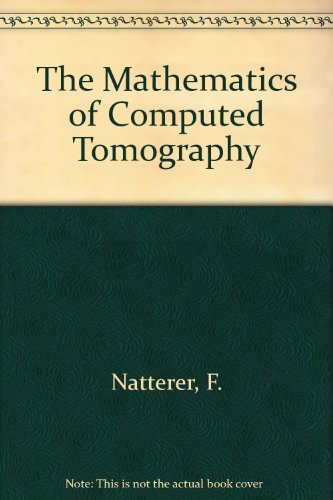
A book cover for The Mathematics of Computerized Tomography; F. Natterer; Medical Books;